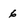
Character: 6